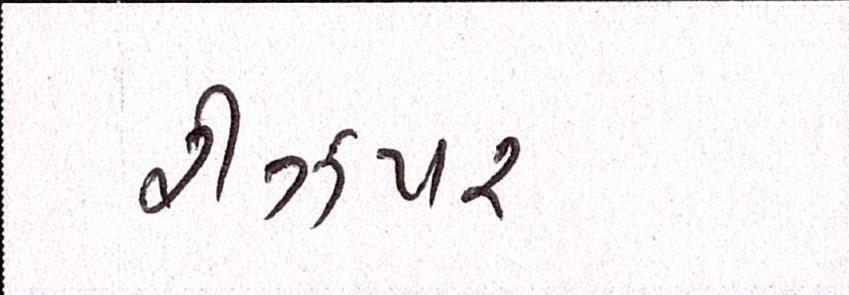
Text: રીઝપર